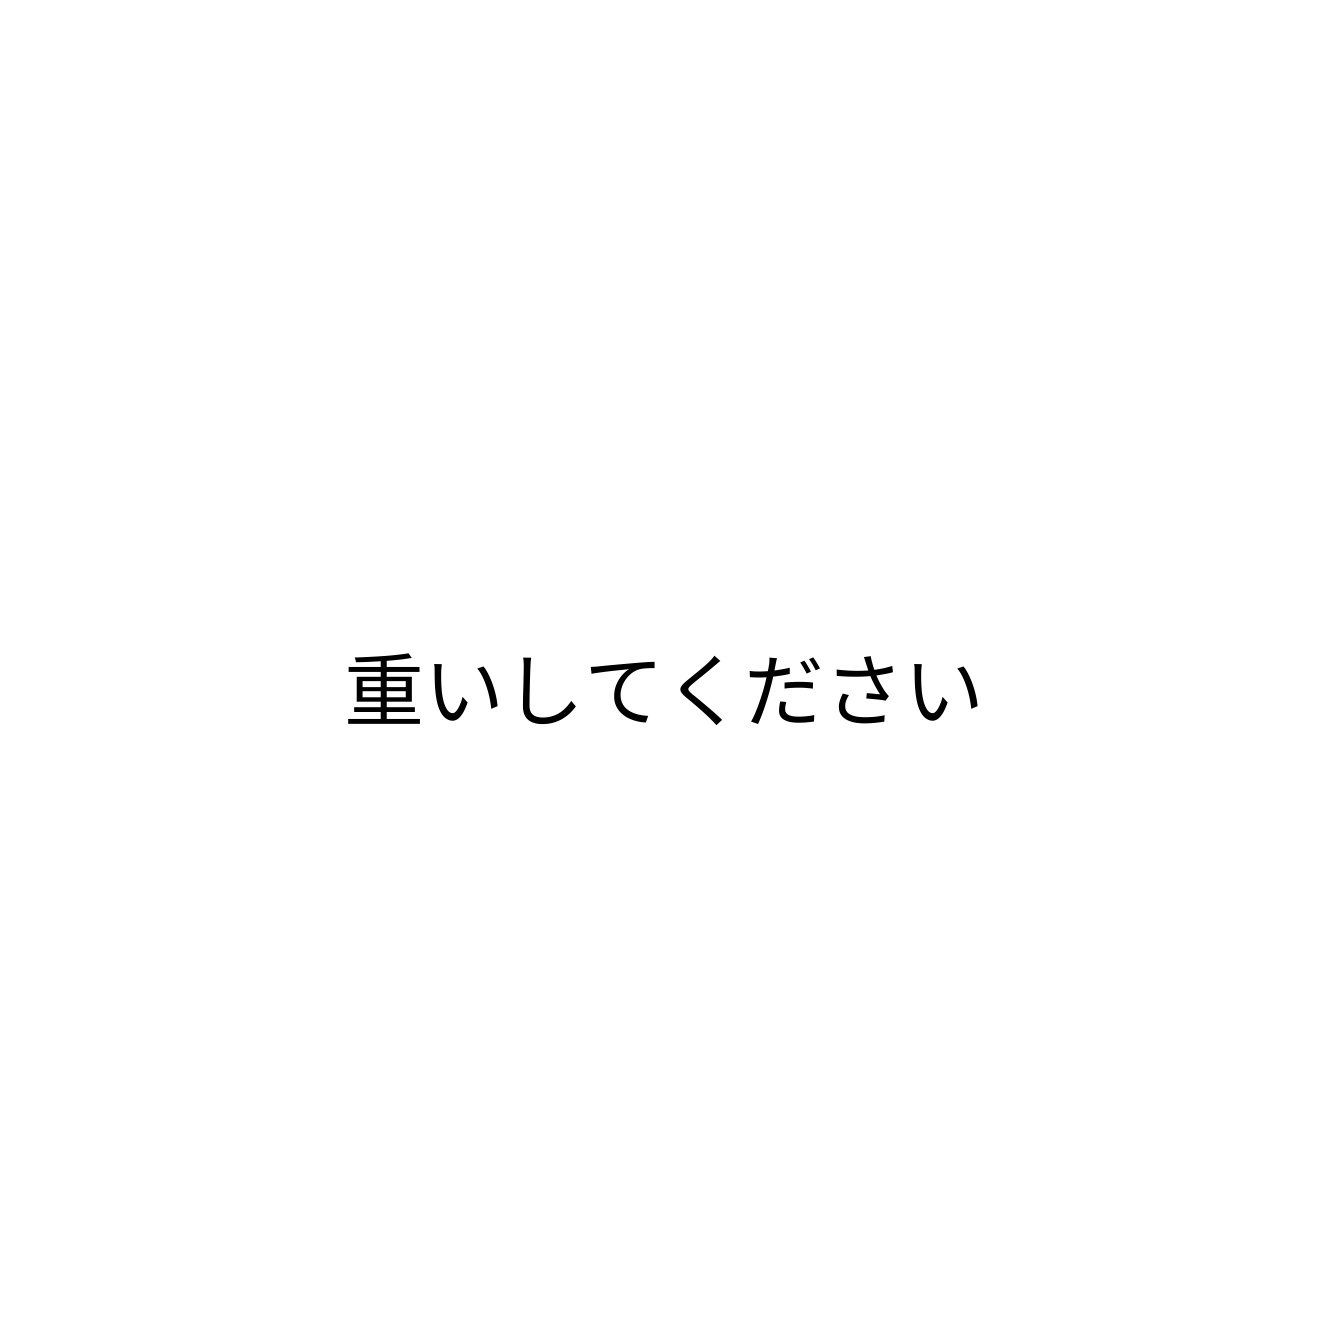
重いしてください